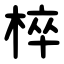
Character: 椊